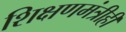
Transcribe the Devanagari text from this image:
शिक्षणमंत्रीही